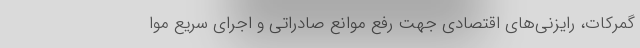
گمرکات، رایزنی‌های اقتصادی جهت رفع موانع صادراتی و اجرای سریع موا